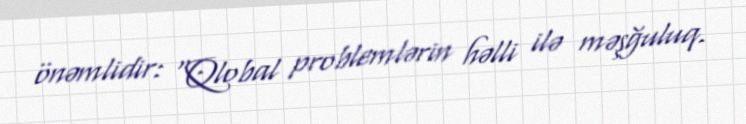
önəmlidir: “Qlobal problemlərin həlli ilə məşğuluq.